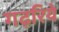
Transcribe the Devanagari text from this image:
गढ़रिये